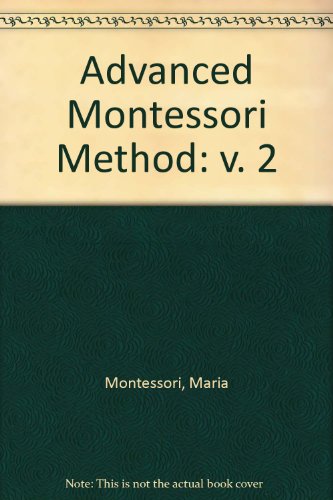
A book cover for ADVANCED MONTESSORI METHOD, VOL 2.; Maria Montessori; Religion & Spirituality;